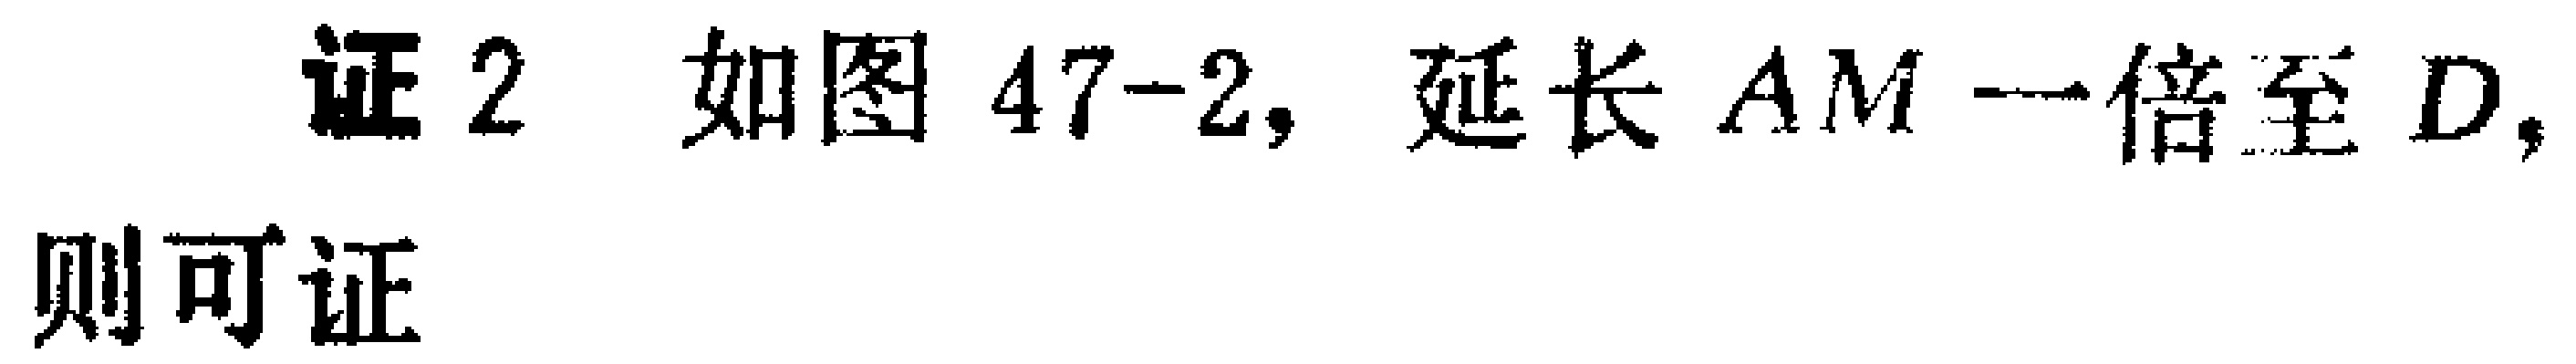
证2 如图47-2，延长 \(AM\) 一倍至 \(D\)，则可证